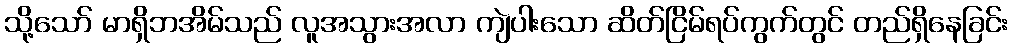
သို့သော် မာရှိဘအိမ်သည် လူအသွားအလာ ကျဲပါးသော ဆိတ်ငြိမ်ရပ်ကွက်တွင် တည်ရှိနေခြင်း